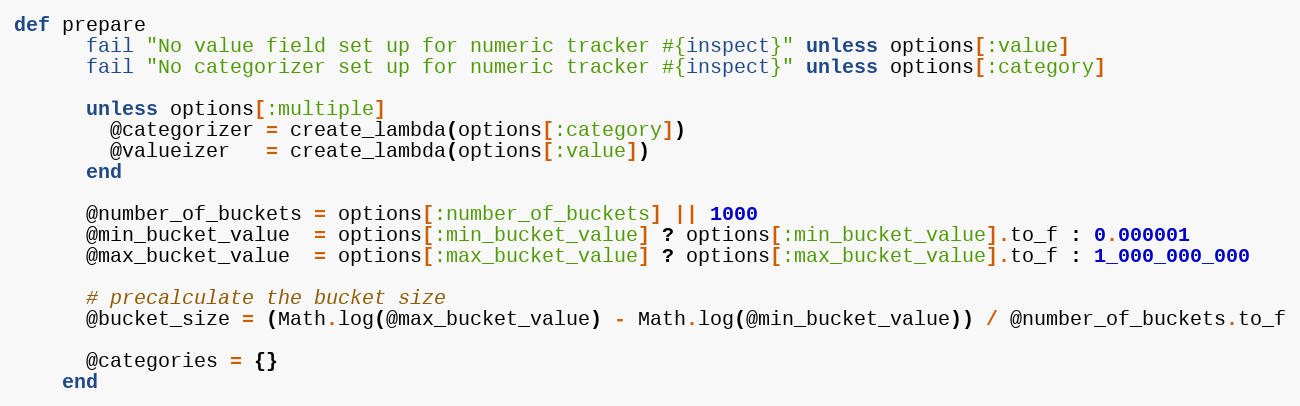
Language: Ruby
def prepare
      fail "No value field set up for numeric tracker #{inspect}" unless options[:value]
      fail "No categorizer set up for numeric tracker #{inspect}" unless options[:category]

      unless options[:multiple]
        @categorizer = create_lambda(options[:category])
        @valueizer   = create_lambda(options[:value])
      end

      @number_of_buckets = options[:number_of_buckets] || 1000
      @min_bucket_value  = options[:min_bucket_value] ? options[:min_bucket_value].to_f : 0.000001
      @max_bucket_value  = options[:max_bucket_value] ? options[:max_bucket_value].to_f : 1_000_000_000

      # precalculate the bucket size
      @bucket_size = (Math.log(@max_bucket_value) - Math.log(@min_bucket_value)) / @number_of_buckets.to_f

      @categories = {}
    end